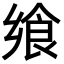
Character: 飨